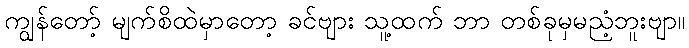
ကျွန်တော့် မျက်စိထဲမှာတော့ ခင်ဗျား သူ့ထက် ဘာ တစ်ခုမှမညံ့ဘူးဗျာ။